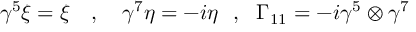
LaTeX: \gamma ^ { 5 } \xi = \xi ~ ~ ~ , ~ ~ ~ \gamma ^ { 7 } \eta = - i \eta ~ ~ , ~ ~ \Gamma _ { 1 1 } = - i \gamma ^ { 5 } \otimes \gamma ^ { 7 }